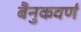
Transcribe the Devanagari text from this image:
बैनुकवर्ण